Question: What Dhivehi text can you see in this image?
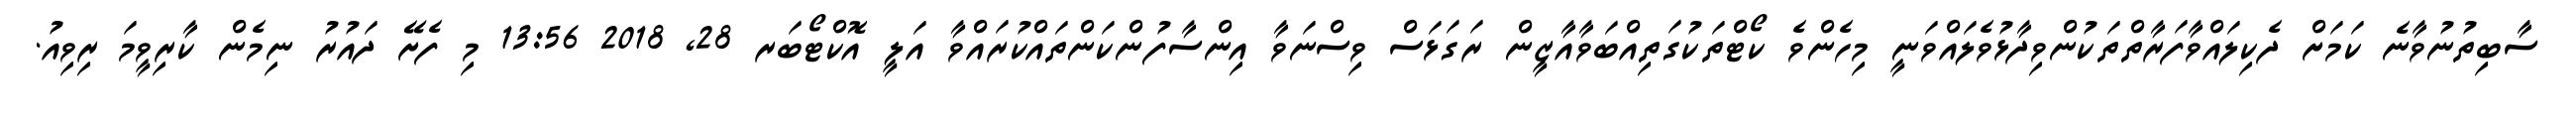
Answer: ސާބިތުނުވާނެ ކަމަށް ދެކިލައްވާފަރާތްތަކުންވިދާޅުވެލައްވަނީ މިހެންވެ ކޯޓްތަކުގަތިއްބަވާއާޒީން ރަގަޅަސް ވިސްނަވާ އިންސާފުންކަންތައްކުރައްވާ އަލީ އޮކްޓޯބަރ 28, 2018 13:56 މި ފެށޭ ދައުރު ނިމެން ކާރިވީމަ ރިވިއު.